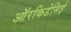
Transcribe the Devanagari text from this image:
ऑरकिडेसिई